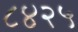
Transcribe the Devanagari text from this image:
८४२५